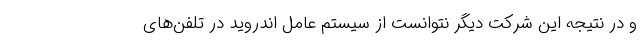
و در نتیجه این شرکت دیگر نتوانست از سیستم عامل اندروید در تلفن‌های